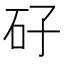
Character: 矷